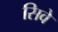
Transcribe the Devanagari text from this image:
सिवे